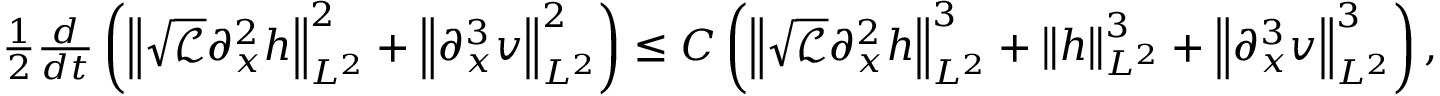
\begin{array} { r } { \frac { 1 } { 2 } \frac { d } { d t } \left( \left\| \sqrt { \mathscr { L } } \partial _ { x } ^ { 2 } h \right\| _ { L ^ { 2 } } ^ { 2 } + \left\| \partial _ { x } ^ { 3 } v \right\| _ { L ^ { 2 } } ^ { 2 } \right) \leq C \left( \left\| \sqrt { \mathscr { L } } \partial _ { x } ^ { 2 } h \right\| _ { L ^ { 2 } } ^ { 3 } + \left\| h \right\| _ { L ^ { 2 } } ^ { 3 } + \left\| \partial _ { x } ^ { 3 } v \right\| _ { L ^ { 2 } } ^ { 3 } \right) , } \end{array}